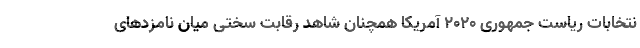
نتخابات ریاست جمهوری ۲۰۲۰ آمریکا همچنان شاهد رقابت سختی میان نامزدهای